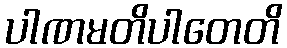
ပါဏမတိပါတေတိ